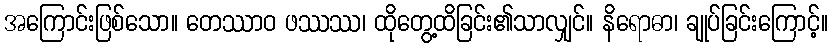
အကြောင်းဖြစ်သော။ တေဿာဝ ဖဿဿ၊ ထိုတွေ့ထိခြင်း၏သာလျှင်။ နိရောဓာ၊ ချုပ်ခြင်းကြောင့်။